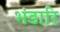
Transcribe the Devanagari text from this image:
भंडारि